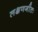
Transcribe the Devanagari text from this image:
लक्षणगीतः